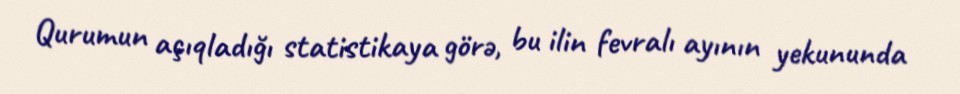
Qurumun açıqladığı statistikaya görə, bu ilin fevralı ayının yekununda